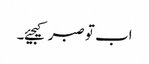
اب تو صبر کیجیئے۔